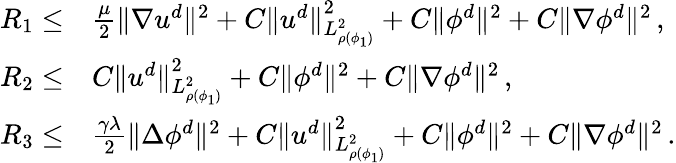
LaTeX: \begin{array}{rl}{R_{1}\leq}&{\frac{\mu}{2}\| \nabla u^{d}\| ^{2}+C\| u^{d}\| _{L_{\rho(\phi_{1})}^{2}}^{2}+C\| \phi^{d}\| ^{2}+C\| \nabla\phi^{d}\| ^{2}\, ,}\\ {R_{2}\leq}&{C\| u^{d}\| _{L_{\rho(\phi_{1})}^{2}}^{2}+C\| \phi^{d}\| ^{2}+C\| \nabla\phi^{d}\| ^{2}\, ,}\\ {R_{3}\leq}&{\frac{\gamma\lambda}{2}\| \Delta\phi^{d}\| ^{2}+C\| u^{d}\| _{L_{\rho(\phi_{1})}^{2}}^{2}+C\| \phi^{d}\| ^{2}+C\| \nabla\phi^{d}\| ^{2}\, .}\end{array}